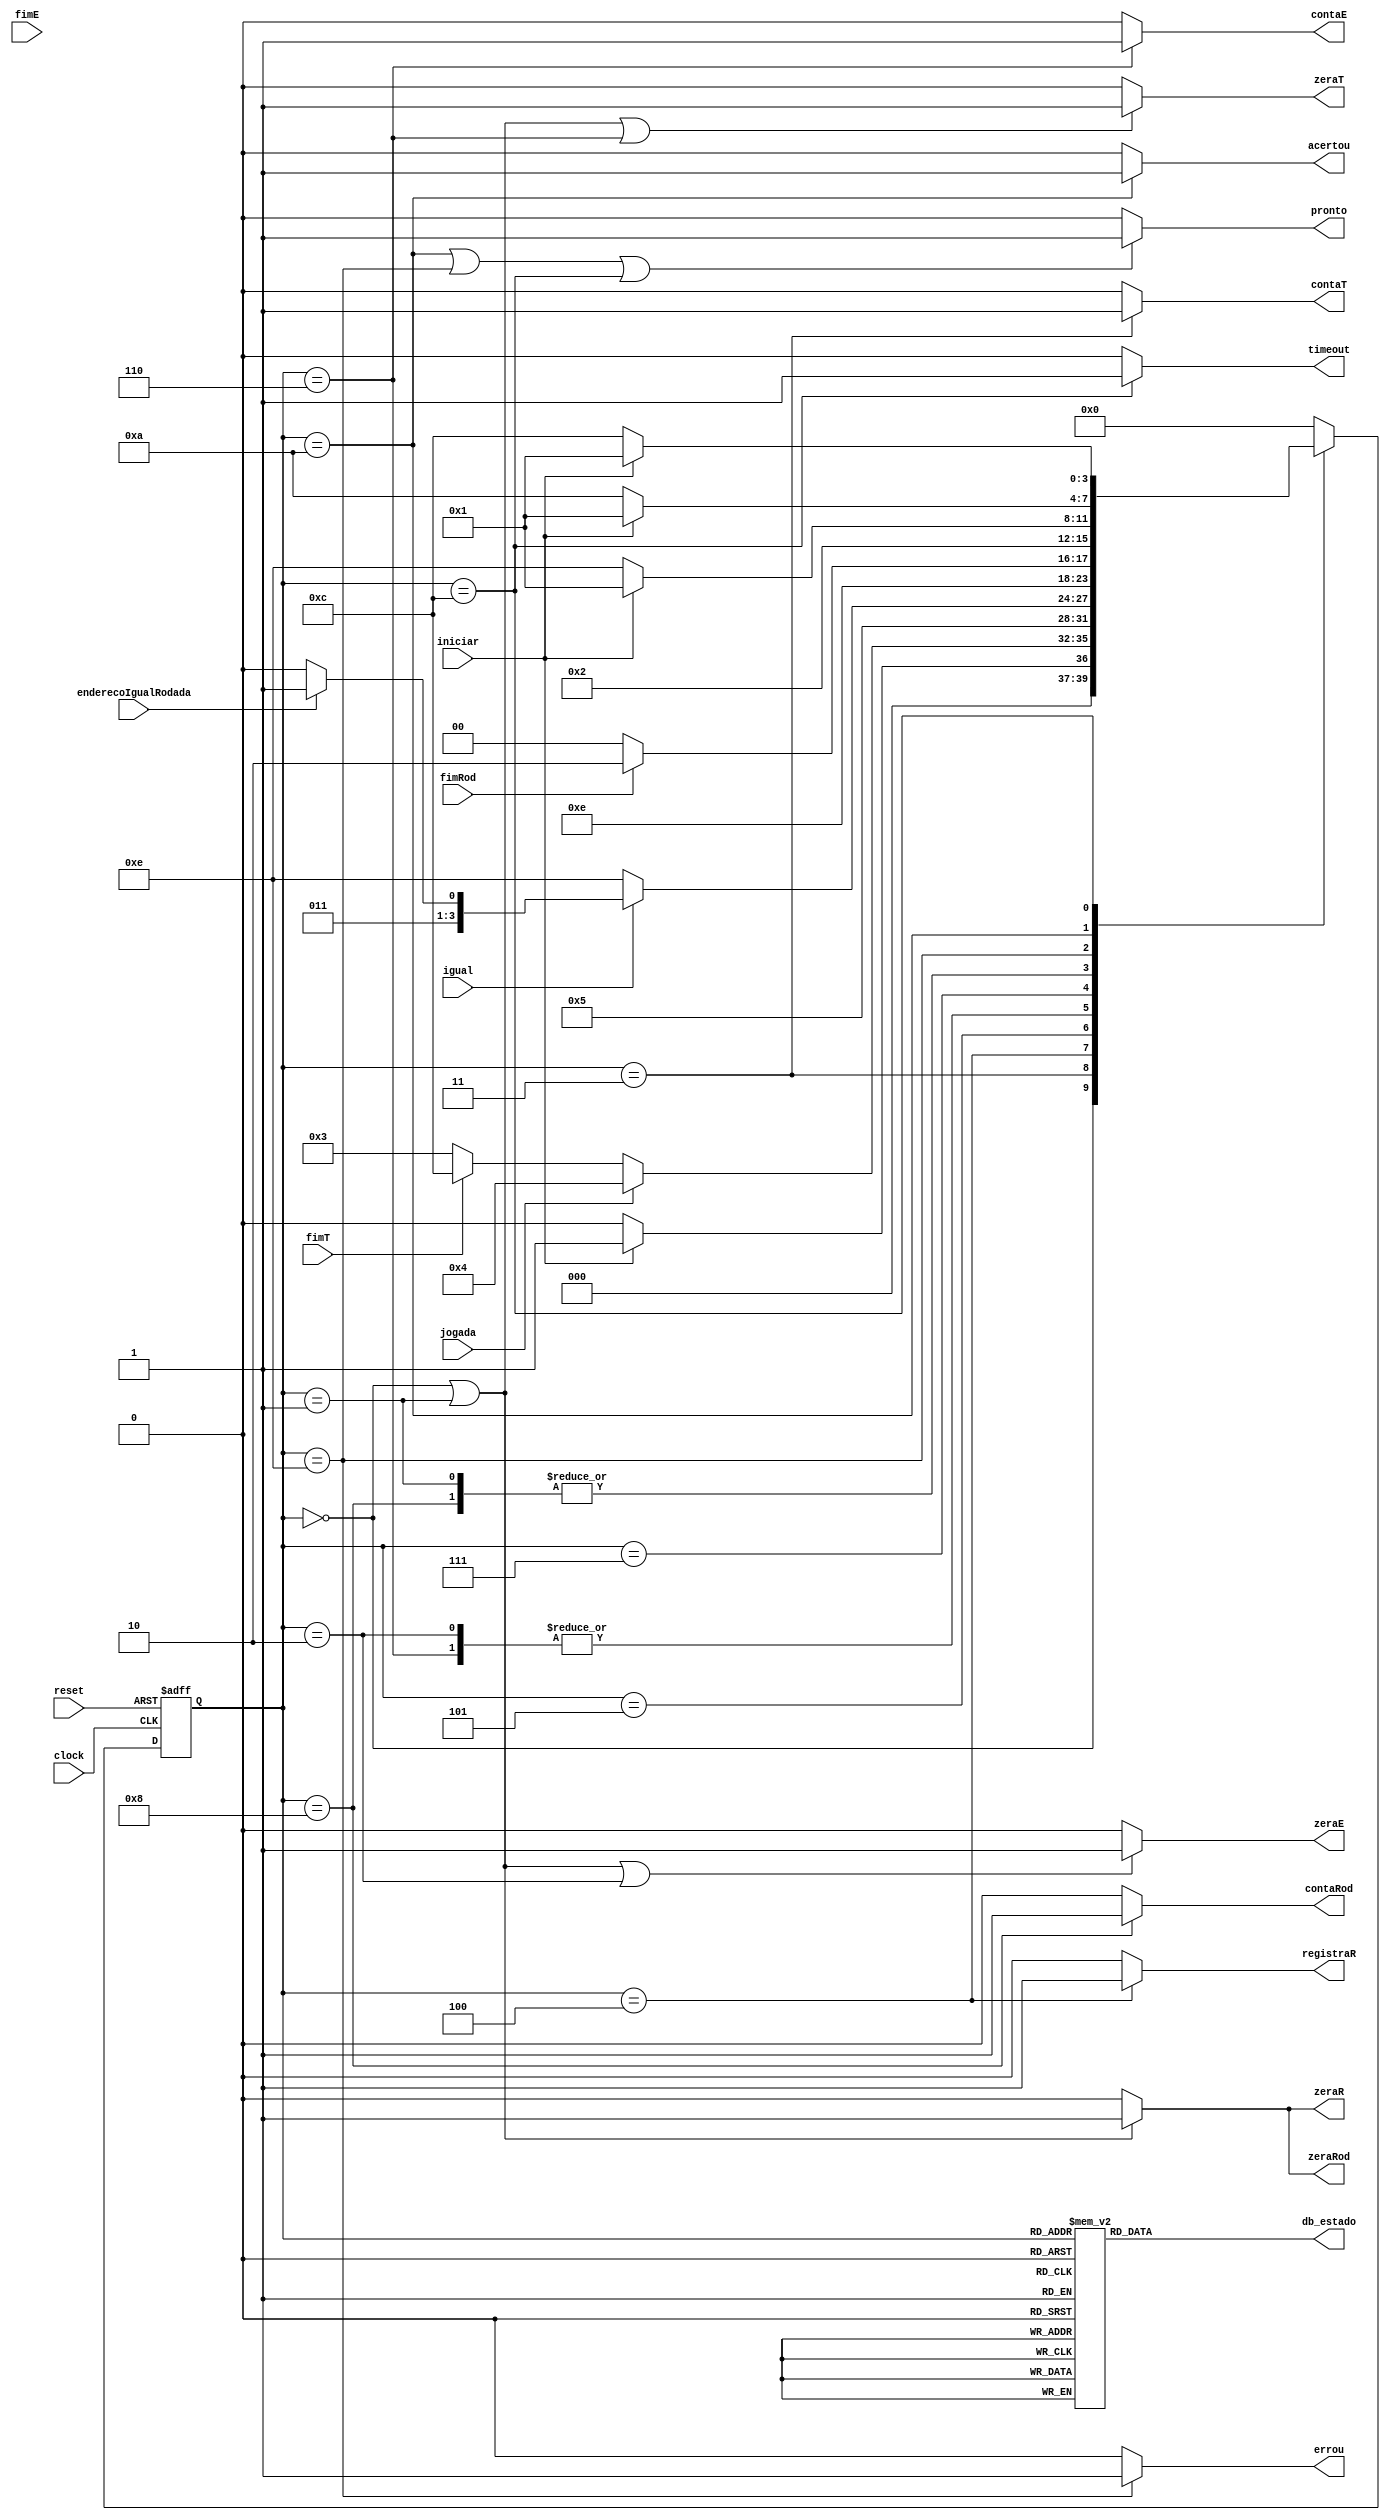

module unidade_controle_exp6 (
    input      clock,
    input      reset,
    input      iniciar,
    input      fimE,
    input      fimRod,
    input      fimT,
    input      jogada,
    input      igual,
    input      enderecoIgualRodada,
    output reg zeraE,
    output reg contaE,
    output reg zeraRod,
    output reg contaRod,
    output reg zeraT,
    output reg contaT,
    output reg zeraR,
    output reg registraR,
    output reg acertou,
    output reg errou,
    output reg timeout,
    output reg pronto,
    output reg [3:0] db_estado
);

    // Define estados
    parameter inicial         = 4'b0000;  // 0
    parameter preparacao      = 4'b0001;  // 1
    parameter inicia_rodada   = 4'b0010;  // 2
    parameter espera_jogada   = 4'b0011;  // 3
    parameter registra        = 4'b0100;  // 4
    parameter comparacao      = 4'b0101;  // 5
    parameter proximo         = 4'b0110;  // 6
    parameter ultima_rodada   = 4'b0111;  // 7 
    parameter proxima_rodada  = 4'b1000;  // 8
    parameter fim_errou       = 4'b1110;  // E
    parameter fim_acertou     = 4'b1010;  // A  
    parameter fim_timeout     = 4'b1100;  // C

    // Variaveis de estado
    reg [3:0] Eatual, Eprox;

    // Memoria de estado
    always @(posedge clock or posedge reset) begin
        if (reset)
            Eatual <= inicial;
        else
            Eatual <= Eprox;
    end
        
    // Logica de proximo estado 
    always @* begin
        case (Eatual) 
            inicial:         Eprox = (iniciar) ? preparacao : inicial;
            preparacao:      Eprox = inicia_rodada; 
            inicia_rodada:   Eprox = espera_jogada;
            espera_jogada:   Eprox = (jogada) ? registra : (fimT) ? fim_timeout : espera_jogada;
            registra:        Eprox = comparacao;
            comparacao:      Eprox = (~igual) ? fim_errou : (enderecoIgualRodada) ? ultima_rodada : proximo;
            proximo:         Eprox = espera_jogada;
            ultima_rodada:   Eprox = (fimRod) ? fim_acertou : proxima_rodada;
            proxima_rodada:  Eprox = inicia_rodada; 
            fim_errou:       Eprox = (iniciar) ? preparacao : fim_errou;
            fim_acertou:     Eprox = (iniciar) ? preparacao : fim_acertou;
            fim_timeout:     Eprox = (iniciar) ? preparacao : fim_timeout; 
            default:         Eprox = inicial;
        endcase
    end

    // Logica de saida (maquina Moore)
    always @* begin
        zeraE     = (Eatual == inicial || Eatual == preparacao || Eatual == inicia_rodada) ? 1'b1 : 1'b0;
        zeraR     = (Eatual == inicial || Eatual == preparacao) ? 1'b1 : 1'b0;
        zeraRod   = (Eatual == inicial || Eatual == preparacao) ? 1'b1 : 1'b0;
        zeraT     = (Eatual == inicial || Eatual == preparacao || Eatual== proximo) ? 1'b1 : 1'b0;
        registraR = (Eatual == registra) ? 1'b1 : 1'b0;
        contaE    = (Eatual == proximo) ? 1'b1 : 1'b0;
        contaT    = (Eatual == espera_jogada) ? 1'b1 : 1'b0;
        contaRod  = (Eatual == proxima_rodada) ? 1'b1 : 1'b0;
        pronto    = (Eatual == fim_acertou || Eatual == fim_errou || Eatual == fim_timeout) ? 1'b1 : 1'b0;
        acertou   = (Eatual == fim_acertou) ? 1'b1 : 1'b0;
        errou     = (Eatual == fim_errou) ? 1'b1 : 1'b0;
        timeout   = (Eatual == fim_timeout) ? 1'b1 : 1'b0; 

        // Saida de depuracao (estado)
        case (Eatual)
            inicial:         db_estado = inicial;         // 0
            preparacao:      db_estado = preparacao;      // 1
            inicia_rodada:   db_estado = inicia_rodada;   // 2
            espera_jogada:   db_estado = espera_jogada;   // 3
            registra:        db_estado = registra;        // 4
            comparacao:      db_estado = comparacao;      // 5
            proximo:         db_estado = proximo;         // 6
            ultima_rodada:   db_estado = ultima_rodada;   // 7
            proxima_rodada:  db_estado = proxima_rodada;  // 8
            fim_errou:       db_estado = fim_errou;       // E
            fim_acertou:     db_estado = fim_acertou;     // A
            fim_timeout:     db_estado = fim_timeout;     // C

            
            default:       db_estado = 4'b1111;           // F
        endcase
    end

endmodule